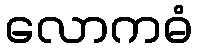
လောကဓံ